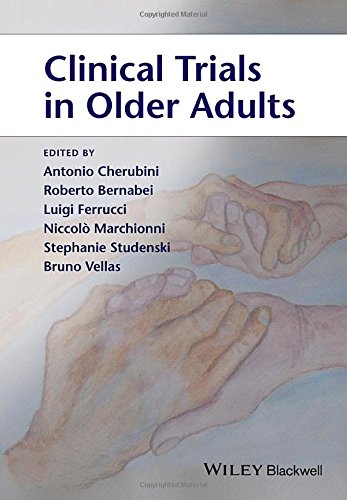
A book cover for Clinical Trials in Older Adults; Antonio Cherubini; Medical Books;